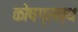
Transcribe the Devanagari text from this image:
कोषग्रन्थ